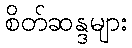
စိတ်ဆန္ဒများ